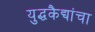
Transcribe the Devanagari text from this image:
युद्धकैद्यांचा